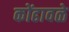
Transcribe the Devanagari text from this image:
कोंढावळे